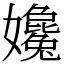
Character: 㜶